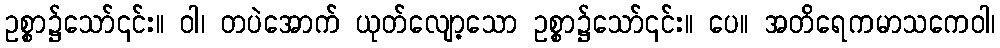
ဥစ္စာ၌သော်၎င်း။ ဝါ၊ တပဲအောက် ယုတ်လျော့သော ဥစ္စာ၌သော်၎င်း။ ပေ။ အတိရေကမာသကေဝါ၊